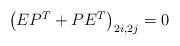
LaTeX: \begin{align*} \begin{pmatrix} EP^T+PE^T \end{pmatrix}_{2i, 2j}=0\end{align*}